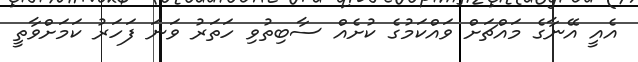
އެއީ އޭނާގެ މައްޗަށް ވައްކަމުގެ ކުށެއް ސާބިތުވި ހަތަރު ވަނަ ފަހަރު ކަމަށްވާތީ